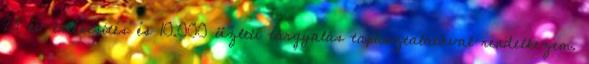
23 év értékesítés és 10.000 üzleti tárgyalás tapasztalatával rendelkezem.